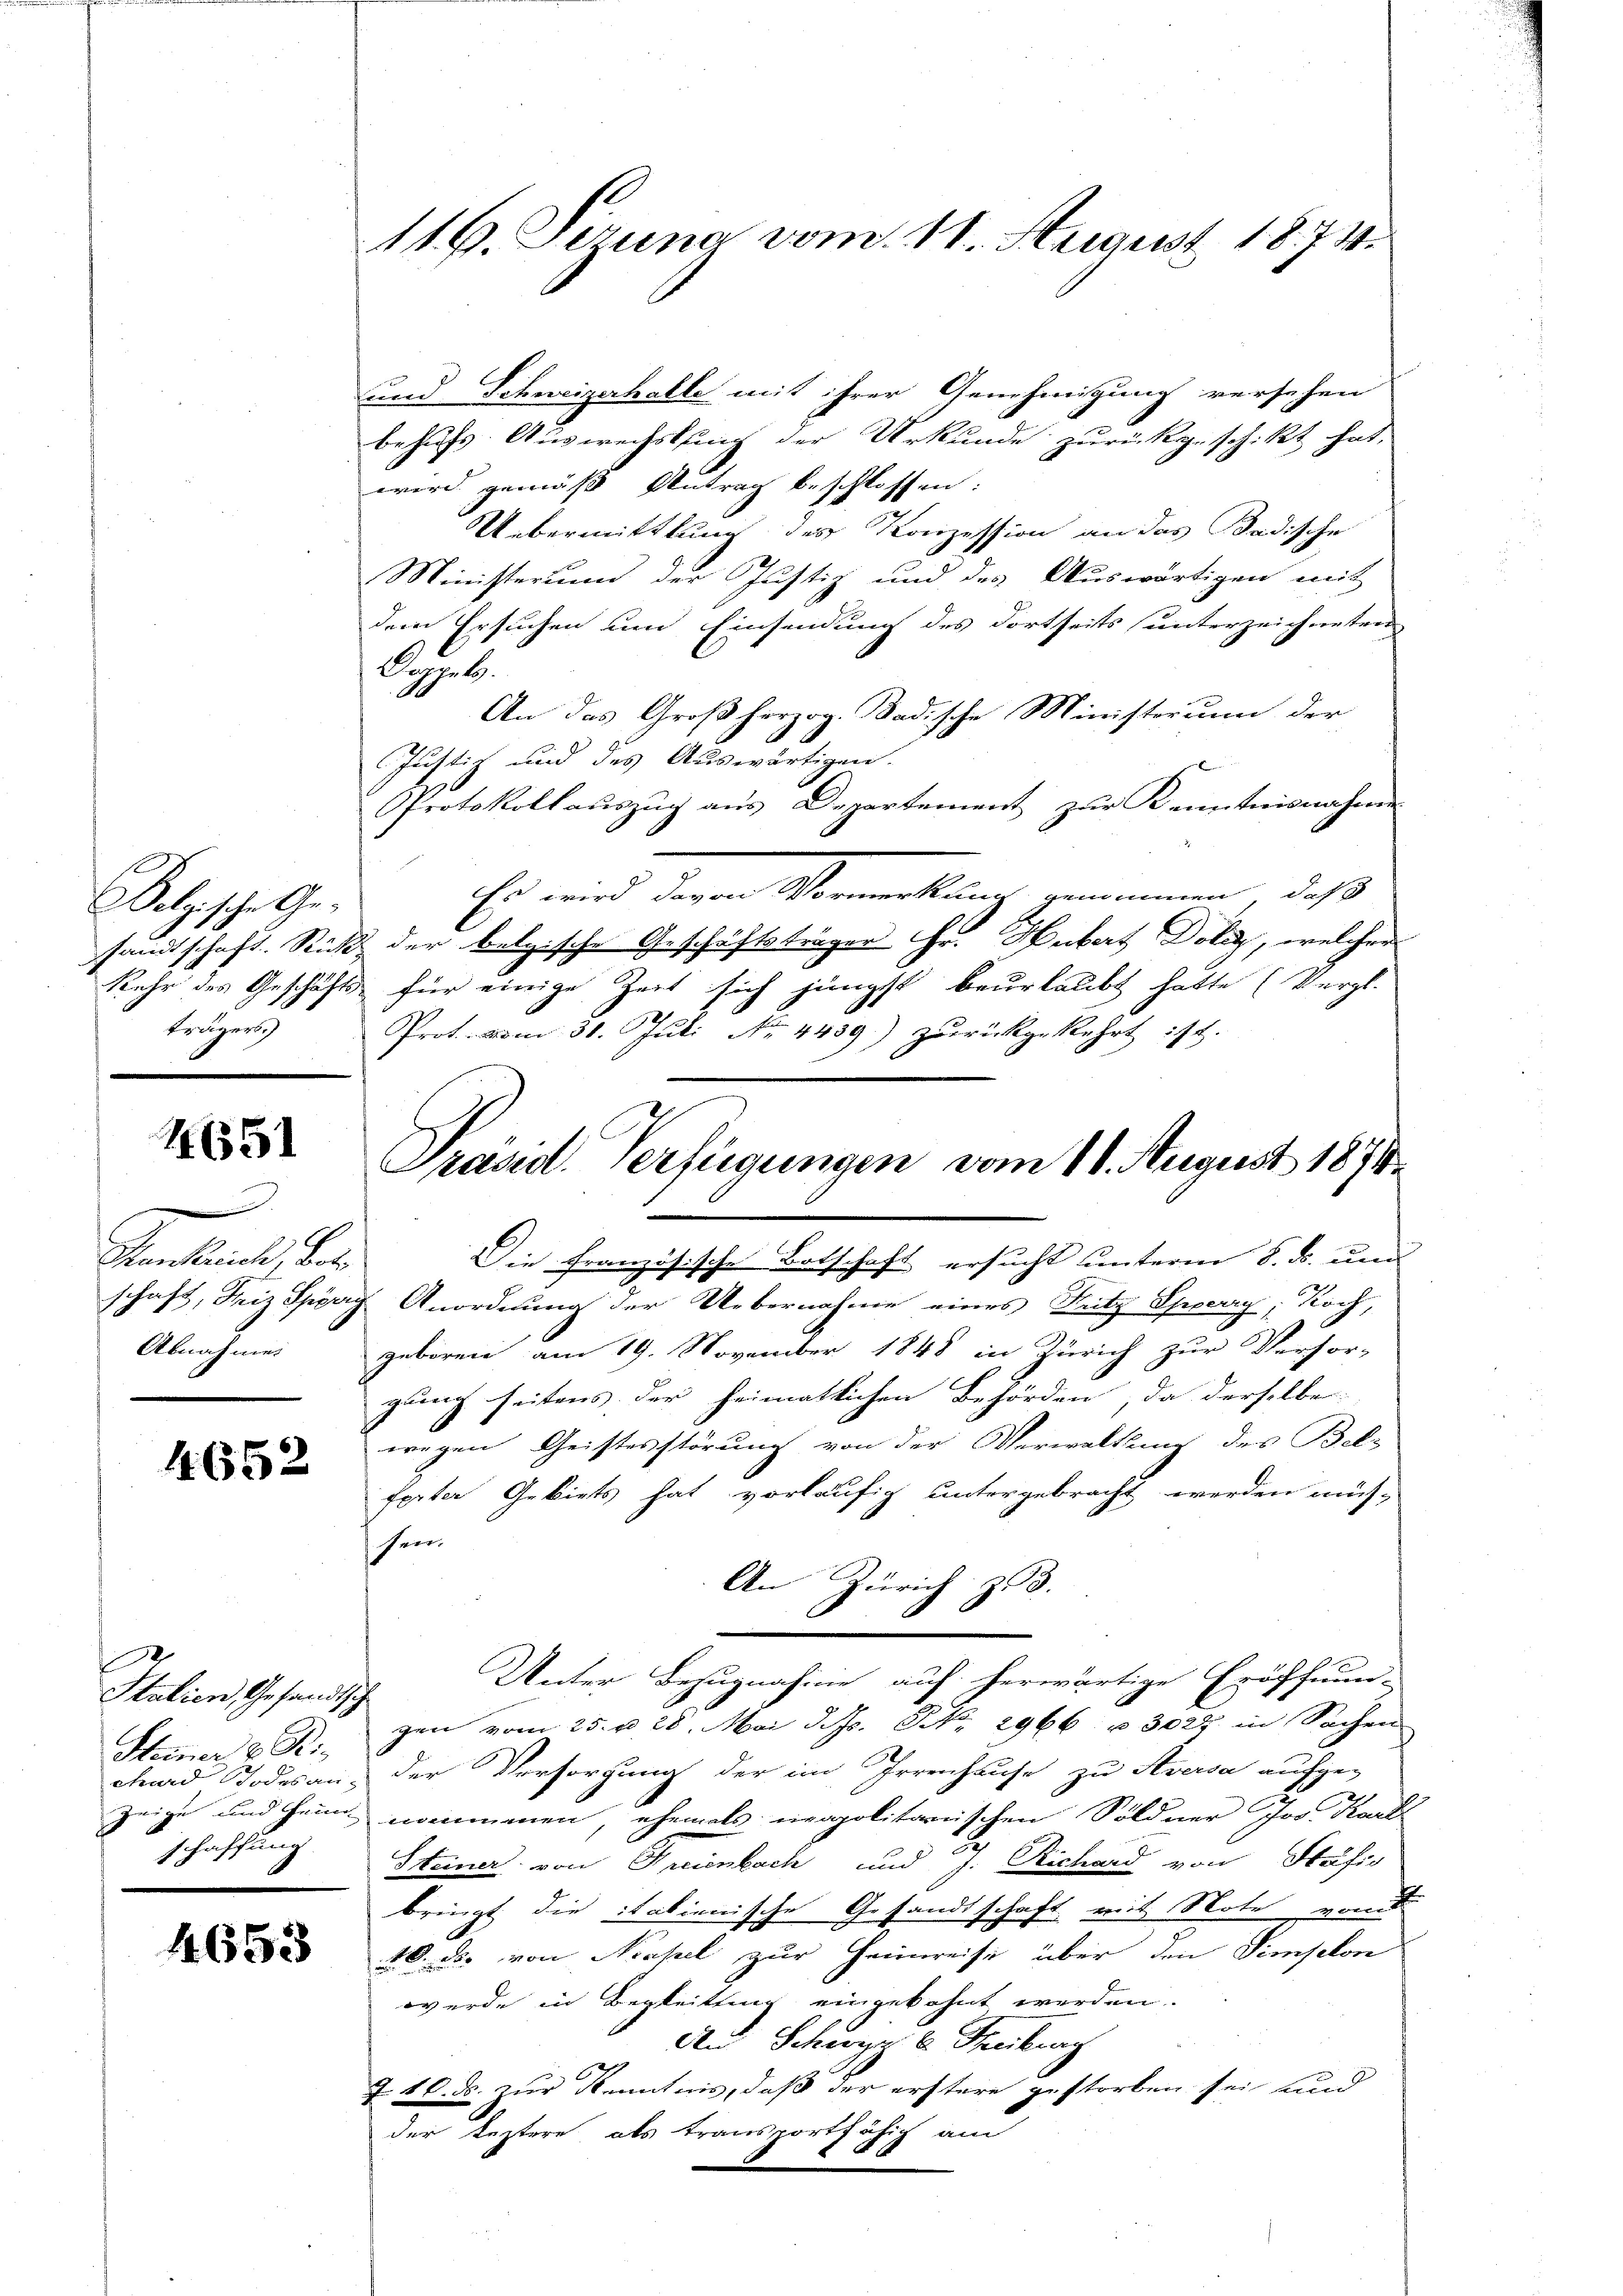
1
Belgische Geträgers.)

651

d
Hankreich, betr
schaft, Friz Spyrig
Abnahme.

4652

.
Italien, Gesandtsch
Steiner z. B.
chard Todesanzeige und Heim
schaffung

1653

116. Jezung vom 11. August 1874.

und Schweizerhalle mit ihrer Genehmigung versehen
behufs Auswechslung der Urkunde zurückgeschikt hat,
wird gemäss Antrag beschlossen:
Uebermittlung des Konzession an das Badische
Ministerium der Justiz und des Auswärtigen mit
dem Ersuchen um Einsendung des dortseits unterzeichneten
Lab.
An das Großherzog. Badische Ministerum der
Justiz und des Auswärtigen.
Protokollauszug aus Departement zur Kenntnisnahme
Er und dem Armenkung genommen, daß
sandtschaft. Richt der belgische Geschäftsträger Hr. Hubert Doley, welcher
kehr des Geschäfts für einige Zeit sich jüngst beurlaubt hatte (Vergl.
Prot. vom 30. Juli No 4439) zurückgekehrt ist.

F

Präsid. Verfügungen vom 18. August 1874.
1

Die französische Botschaft ersucht unterm 8. ds. und
Anordnung der Uebernahme eines Fritz Sperry, Koch,
geboren am 19. November 1848 in Zürich zur Verfor-
gung seitens der heimatlichen Behörden, da derselbe |
wegen Geistesstörung von der Verwaltung des Belferter Gebiets hat vorläufig untergebracht werden müs-
her
An Zürich zu 3.
Unter Bezugnahme auf herwärtige Eröffnun-
gen vom 25. u 28. Mai d. Js. NNo. 2966 u. 3027 in Sachen
der Versorgung der im Irrenhause zu Aversa aufge-
nommen, ehemals napolitarischen Söldner Joo Karte
Steiner von Freienbach und J. Richard von Stafis
bringt die italienische Gesandtschaft mit Note von
10. das von Neapel zur Heimreise über den Simselon
wurde in Begleitung eingekohnt werden.
An Schwyz u. Freiburg
7. 10. ds. zur Kenntnis, daß der erstere gestorben sei und
der Leztere, als transportfähig am